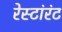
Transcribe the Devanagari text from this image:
रेस्टांरंट